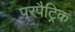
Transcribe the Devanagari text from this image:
परपैट्रिक